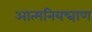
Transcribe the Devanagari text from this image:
आत्मनियन्त्राण